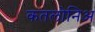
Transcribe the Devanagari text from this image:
कतलोनिअ